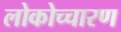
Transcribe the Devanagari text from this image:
लोकोच्चारण